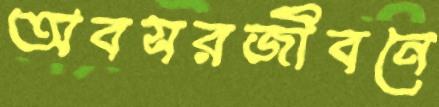
অবসরজীবনে